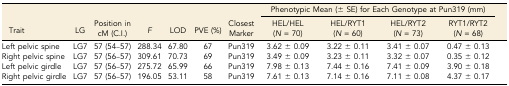
<table><thead><tr><td></td><td></td><td></td><td></td><td></td><td></td><td></td><td colspan="4"><b>Phenotypic Mean (± SE) for Each Genotype at Pun319 (mm)</b></td></tr><tr><td><b>Trait</b></td><td><b>LG</b></td><td><b>Position in cM (C.I.)</b></td><td><b><i>F</i></b></td><td><b>LOD</b></td><td><b>PVE (%)</b></td><td><b>Closest Marker</b></td><td><b>HEL/HEL (<i>N</i> = 70)</b></td><td><b>HEL/RYT1 (<i>N</i> = 60)</b></td><td><b>HEL/RYT2 (<i>N</i> = 73)</b></td><td><b>RYT1/RYT2 (<i>N</i> = 68)</b></td></tr></thead><tbody><tr><td>Left pelvic spine</td><td>LG7</td><td>57 (54–57)</td><td>288.34</td><td>67.80</td><td>67</td><td>Pun319</td><td>3.62 ± 0.09</td><td>3.22 ± 0.11</td><td>3.41 ± 0.07</td><td>0.47 ± 0.13</td></tr><tr><td>Right pelvic spine</td><td>LG7</td><td>57 (56–57)</td><td>309.61</td><td>70.73</td><td>69</td><td>Pun319</td><td>3.49 ± 0.09</td><td>3.23 ± 0.11</td><td>3.32 ± 0.07</td><td>0.35 ± 0.12</td></tr><tr><td>Left pelvic girdle</td><td>LG7</td><td>57 (56–57)</td><td>275.72</td><td>65.99</td><td>66</td><td>Pun319</td><td>7.98 ± 0.13</td><td>7.44 ± 0.16</td><td>7.41 ± 0.09</td><td>3.90 ± 0.18</td></tr><tr><td>Right pelvic girdle</td><td>LG7</td><td>57 (56–57)</td><td>196.05</td><td>53.11</td><td>58</td><td>Pun319</td><td>7.61 ± 0.13</td><td>7.14 ± 0.16</td><td>7.11 ± 0.08</td><td>4.37 ± 0.17</td></tr></tbody></table>